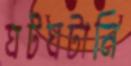
ঘটঘটানি